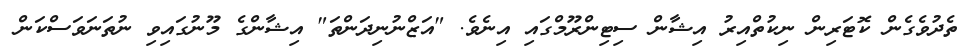
ތެދުވެގެން ކޮޓަރިން ނިކުތްއިރު އިޝާން ސިޓިންރޫމްގައި އިނެވެ. "އަޒްނުނިދަންތަ" އިޝާންގެ މޫނުގައިވި ނުތަނަވަސްކަން